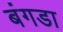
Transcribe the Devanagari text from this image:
बंगडा